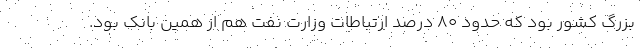
بزرگ کشور بود که حدود 80 درصد ارتباطات وزارت نفت هم از همین بانک بود.